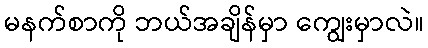
မနက်စာကို ဘယ်အချိန်မှာ ကျွေးမှာလဲ။